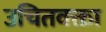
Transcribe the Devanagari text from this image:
उचितवक्ता